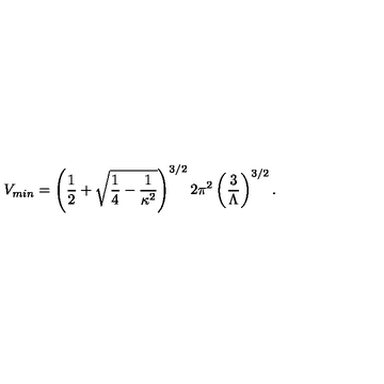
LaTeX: V _ { m i n } = \left( { \frac { 1 } { 2 } } + \sqrt { { \frac { 1 } { 4 } } - { \frac { 1 } { \kappa ^ { 2 } } } } \right) ^ { 3 / 2 } 2 \pi ^ { 2 } \left( { \frac { 3 } { \Lambda } } \right) ^ { 3 / 2 } .